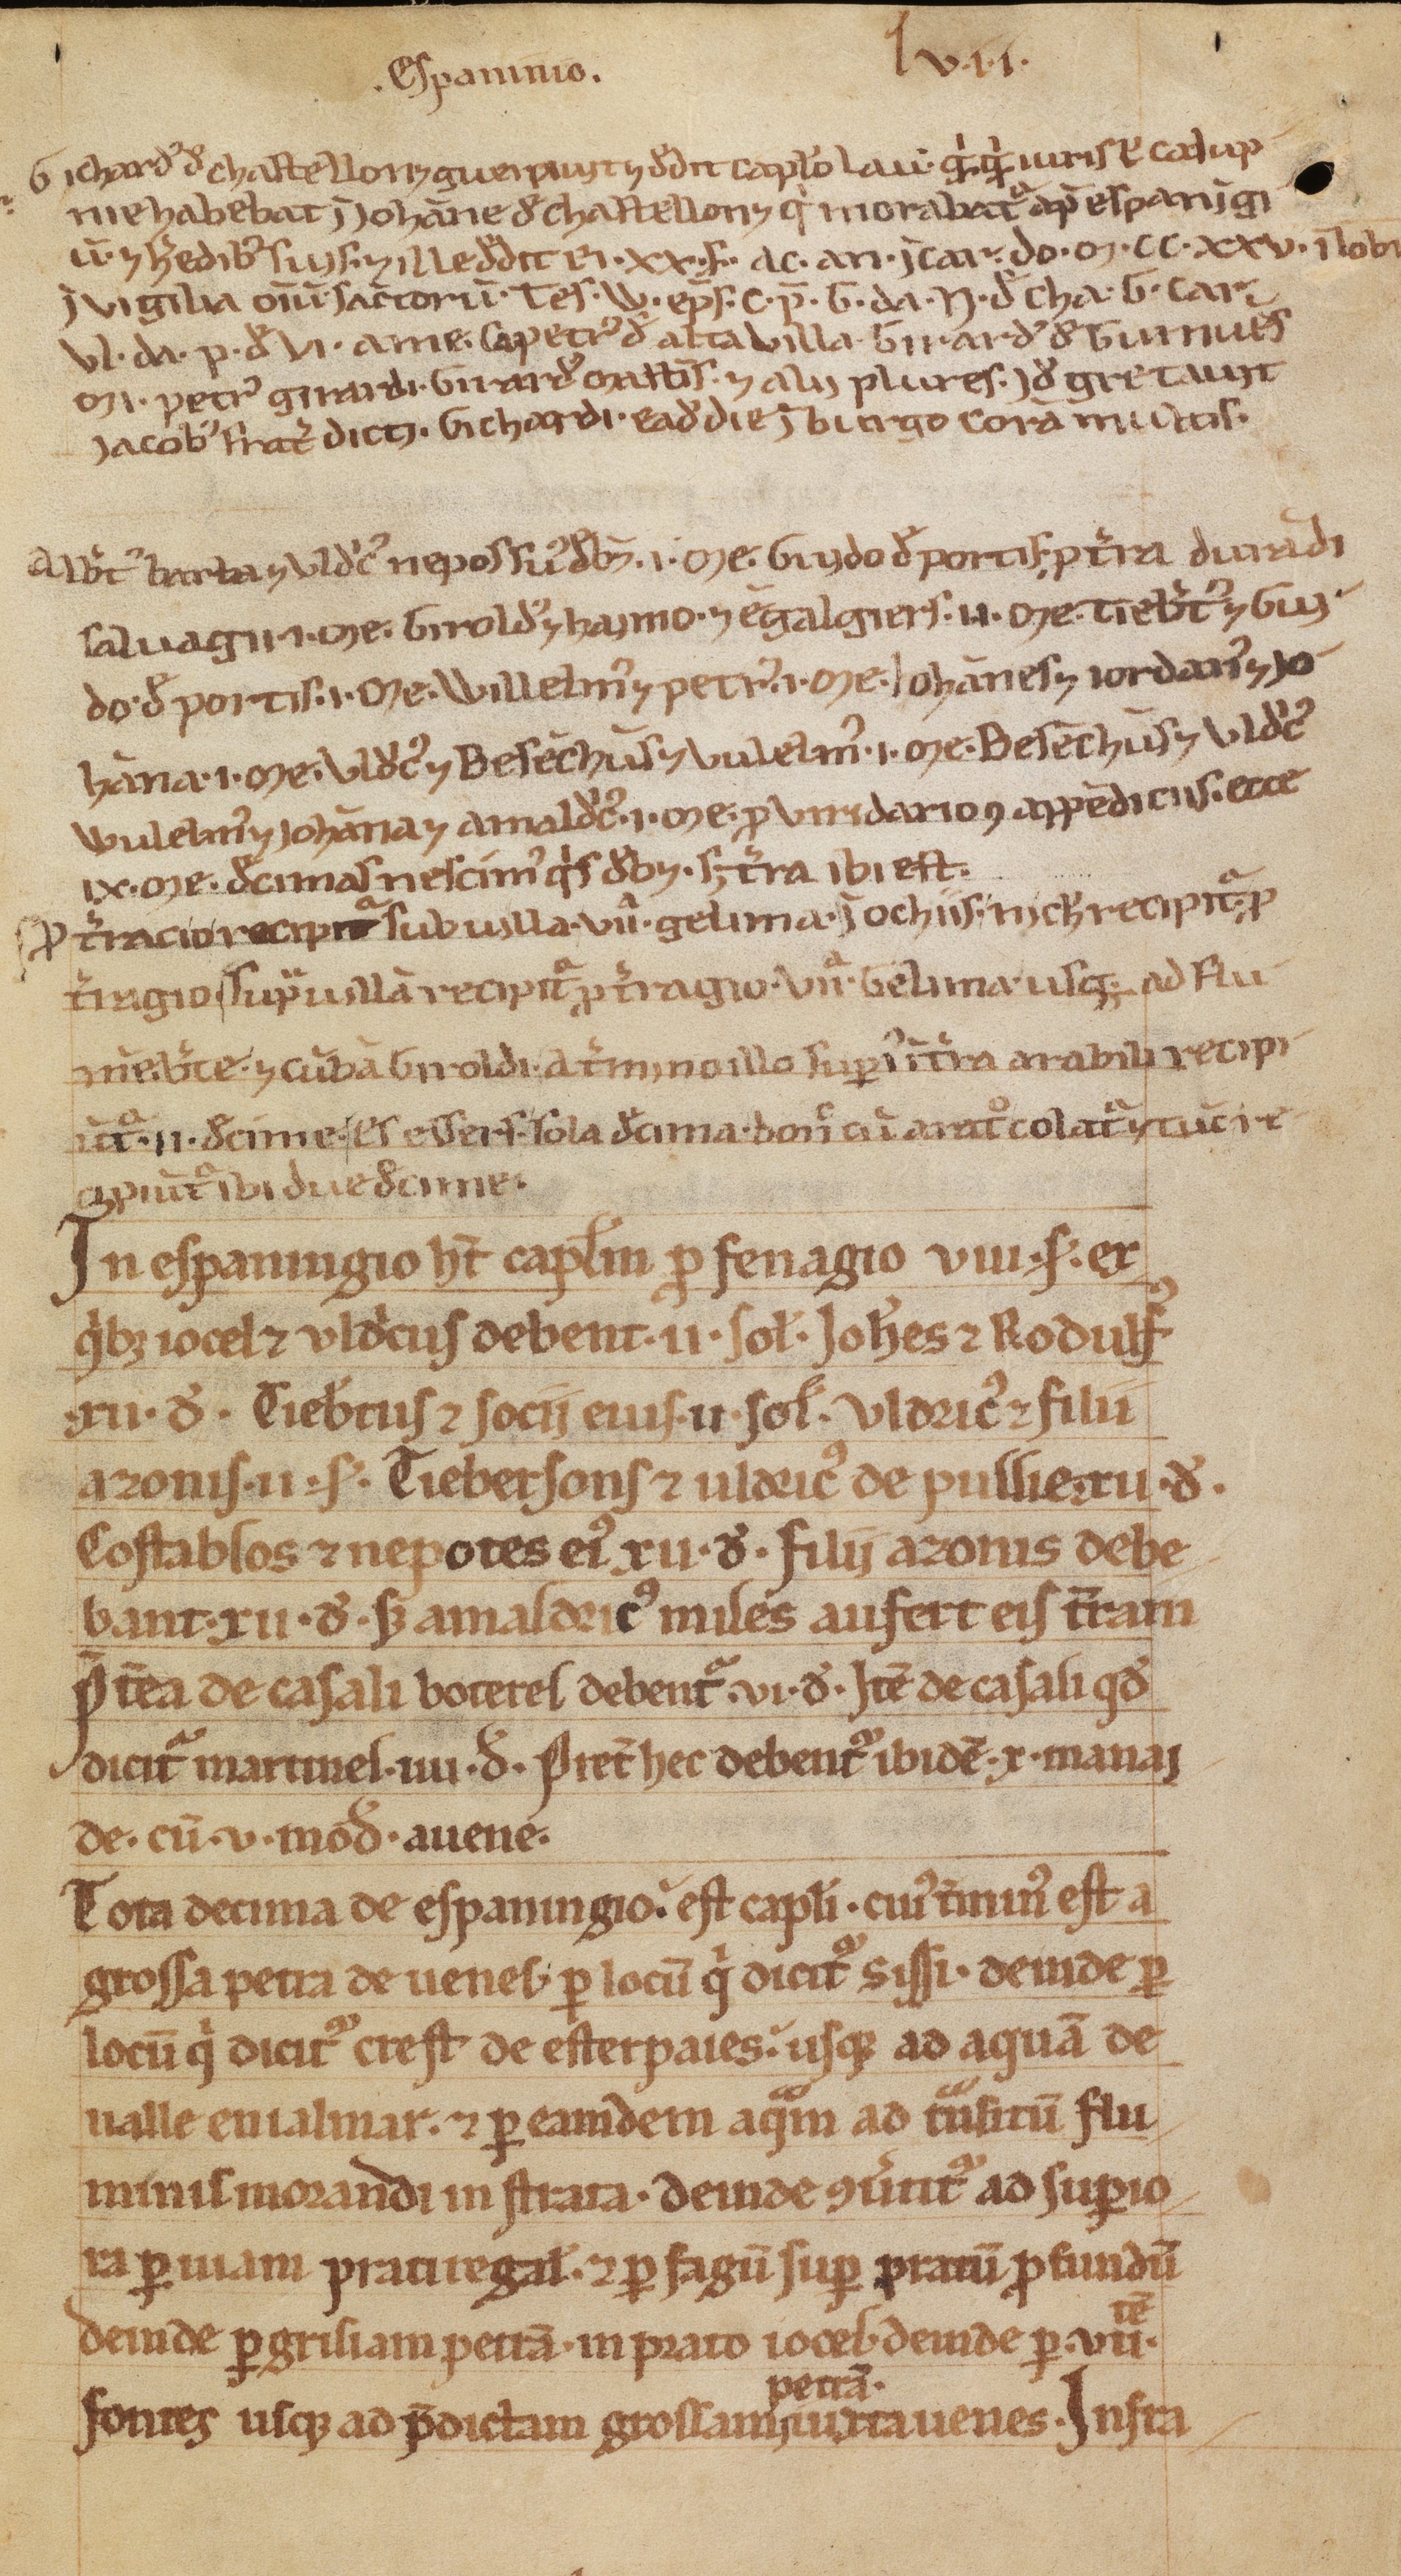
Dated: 1188–1257